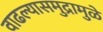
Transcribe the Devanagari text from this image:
वाढल्यासमुद्रामुळे